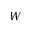
W